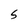
Character: S